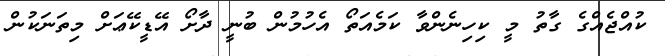
ކުއްޖެއްގެ ގާތު މީ ކިހިނެންވާ ކަމެއަތޯ އެހުމުން ބުނީ ދާށޯ އޭޑީކޭޢަށް މިތަނަކުން